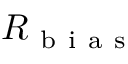
R _ { \mathrm { ~ b ~ i ~ a ~ s ~ } }